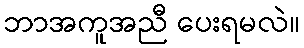
ဘာအကူအညီ ပေးရမလဲ။